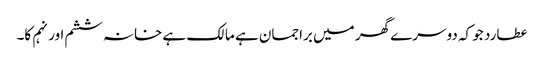
عطارد جو کہ دوسرے گھر میں براجمان ہے مالک ہے خانہ ششم اور نہم کا۔